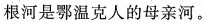
根河是鄂温克人的母亲河。